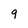
Character: 9